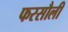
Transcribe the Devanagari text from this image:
फरसौली